Vaccination United Provinces of Agra and Oudh 1923-1928 - 1923-1928
Year: 1923
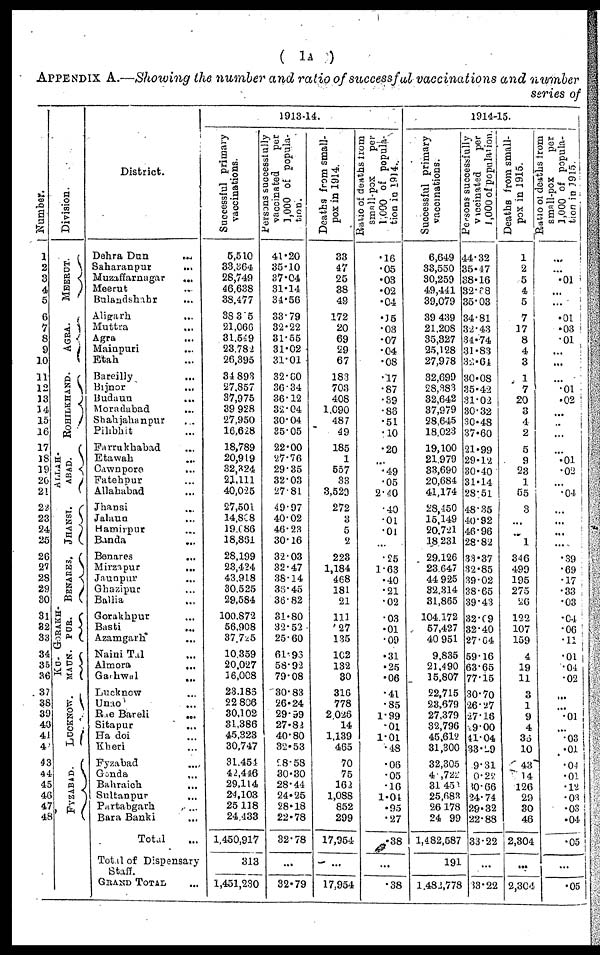
(
1A
)
APPENDIX A.—Showing the number and ratio of successful vaccinations and number
series of
Number.
1
2
3
4
5
6
7
8
9
10
11
12
13
14
15
16
17
18
19
20
21
22
23
24
25
26
27
28
29
30
31
32
33
34
35
36
37
38
39
40
41
42
43
44
45
46
47
48
Division.
MEERUT.
AGRA.
ROHILKHAND.
ALLAH-
ABAD.
JHANSI.
BENARES.
GORAKH¬
PUR.
KU¬
MAUN.
LUCKNOW.
FYZABAD.
District.
Dehra Dun ...
Saharanpur ...
Muzaffarnagar ...
Meerut ...
Bulandshahr ...
Aligarh ...
Muttra ...
Agra
...
Mainpuri
...
Etah ...
Bareilly ...
Bijnor ...
Budaun ...
Moradabad
...
Shahjahanpur
...
Pilibhit ...
Farrukhabad ...
Etawah ...
Cawnpore
...
Fatehpur ...
Allahabad ...
Jhansi ...
Jalaun ...
Hamirpur ...
Banda ...
Benares ...
Mirzapur
...
Jaunpur ...
Ghazipur ...
Ballia ...
Gorakhpur ...
Basti ...
Azamgarh ...
Naini Tal ...
Almora
...
Garhwal ...
Lucknow ...
Unao ...
Rae Bareli
...
Sitapur ...
Hardoi ...
Kheri ...
Fyzabad ...
Gonda ...
Bahraich
...
Sultanpur ...
Partabgarh ...
Bara Banki ...
Total ...
Total of Dispensary
Staff.
GRAND TOTAL ...
1913-14.
Successful primary
vaccinations.
5,510
33,364
28,749
46,638
38,477
38,365
21,066
31,549
23,782
26,395
34,893
27,857
37,975
39,928
27,950
16,628
18,789
20,919
32,324
21,111
40,025
27,501
14,808
19,086
18,861
28,199
23,424
43,918
30,525
29,584
100,872
56,908
37,725
10,359
20,027
16,008
23,186
22,806
30,102
31,386
45,323
30,747
31,454
42,446
29,114
24,103
25,118
24,433
1,450,917
313
1,451,230
Persons successfully
vaccinated
per
1,000 of popula-
tion.
41.20
35.10
37.04
31.14
34.56
33.79
32.22
31.55
31.02
31.01
32.60
36.34
36.12
32.04
30.04
35.05
22.00
27.76
29.35
32.03
27.81
49.97
40.02
46.23
30.16
32.03
32.47
38.14
36.45
36.82
31.80
32.52
25.60
61.93
58.92
79.08
30.83
26.24
29.99
27.82
40.80
32.53
28.58
30.30
28.44
24.25
28.18
22.78
32.78
...
32.79
Deaths from small-
pox in 1914.
33
47
25
38
49
172
20
69
29
67
183
703
408
1,090
487
49
185
1
557
33
3,529
272
3
5
2
223
1,184
468
181
21
111
27
135
102
132
30
316
778
2,026
14
1,139
465
70
75
162
1,088
852
299
17,954
...
17,954
Ratio of deaths from
small-pox
per
1,000 of popula-
tion
in
1914..
.16
.05
.03
.02
.04
.15
.03
.07
.04
.08
.17
.87
.39
.86
.51
.10
.20
...
.49
.05
2.40
.40
.01
.01
...
.25
1.63
.40
.21
.02
.03
.01
.09
.31
.25
.06
.41
.85
1.99
.01
1.01
.48
.06
.05
.16
1.04
.95
.27
.38
...
.38
1914-15.
Successful primary
vaccinations.
6,649
33,550
30,259
49,441
39,079
39,439
21,208
35,327
25,128
27,978
32,699
28,383
32,642
37,979
28,645
18,023
19,100
21,979
33,690
20,684
41,174
28,450
15,149
20,721
18,231
29,126
23,647
44,925
32,314
31,865
104,172
57,427
40,951
9,835
21,490
15,807
22,715
23,679
27,379
32,796
45,612
31,300
32,305
41,722
31,45
25,683
26,178
24, 99
1,482,587
191
1,482,778
Persons
successfully
vaccinated
per
1,000 of population.
44.32
35.47
38.16
32.68
35.03
34.81
32.43
34.74
31.83
32.64
30.08
35.42
31.02
30.32
30.48
37.60
21.99
29.12
30.40
31.14
28.51
48.35
40.92
46.96
28.82
33.37
32.85
39.02
38.65
39.43
32.09
32.40
27.64
59.16
63.65
77.15
30.70
26.27
27.16
29.00
41.04
33.29
9.31
0.22
30.66
24.74
29.32
22.88
33.22
...
33.22
Deaths from small-
pox in 1915.
1
2
5
4
5
7
17
8
4
3
1
7
20
3
4
2
5
9
23
1
55
3
...
...
1
346
499
195
275
26
122
107
159
4
19
11
3
1
9
4
36
10
43
14
126
29
30
46
2,304
...
2,304
Ratio of deaths from
small-pox
per
1,000 of popula-
...
...
.01
...
...
.01
.03
.01
...
...
...
.01
.02
...
...
...
...
.01
.02
...
.04
...
...
...
...
.39
.69
.17
.33
.03
.04
.06
.11
.01
.04
.02
...
...
.01
...
.03
.01
.04
.01
.12
.03
.03
.04
.05
...
.05